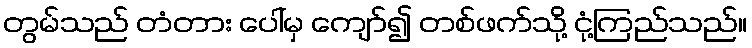
တွမ်သည် တံတား ပေါ်မှ ကျော်၍ တစ်ဖက်သို့ ငုံ့ကြည်သည်။